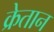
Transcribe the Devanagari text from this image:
क्रेतान